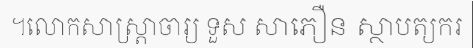
។លោកសាស្ត្រាចារ្យ ទួស សាភឿន ស្ថាបត្យករ